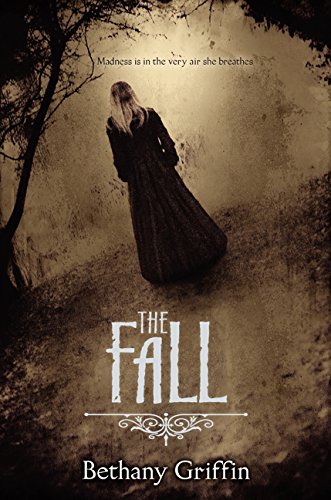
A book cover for The Fall; Bethany Griffin; Teen & Young Adult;